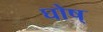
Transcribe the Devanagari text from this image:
घोष्